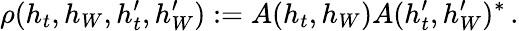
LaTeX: \rho(h_{t},h_{W},h_{t}^{\prime},h_{W}^{\prime}):=A(h_{t},h_{W})A(h_{t}^{\prime},h_{W}^{\prime})^{\ast}\, .